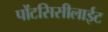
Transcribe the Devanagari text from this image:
पोंटसिसीलाईट